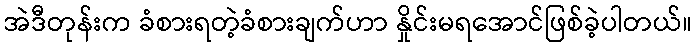
အဲဒီတုန်းက ခံစားရတဲ့ခံစားချက်ဟာ နှိုင်းမရအောင်ဖြစ်ခဲ့ပါတယ်။